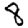
Digit: 8